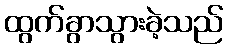
ထွက်ခွာသွားခဲ့သည်